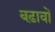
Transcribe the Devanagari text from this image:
बढ़ावों